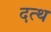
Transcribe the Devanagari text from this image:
दत्थ